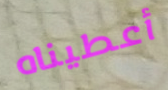
أعطيناه